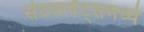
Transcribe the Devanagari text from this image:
सेटलमेंट्‌समध्ये